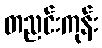
တညင်းကုန်း